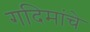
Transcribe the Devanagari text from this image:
गदिमांचे